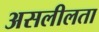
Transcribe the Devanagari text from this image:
असलीलता